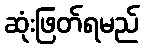
ဆုံးဖြတ်ရမည်